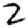
Digit: 2